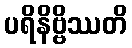
ပရိနိဗ္ဗိဿတိ